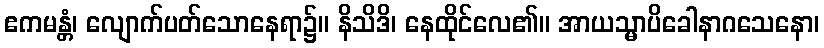
ဧကမန္တံ၊ လျောက်ပတ်သောနေရာ၌။ နိသိဒိ၊ နေထိုင်လေ၏။ အာယသ္မာပိခေါနာဂသေနော၊